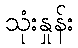
သုံးနှုန်း